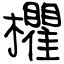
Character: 欋